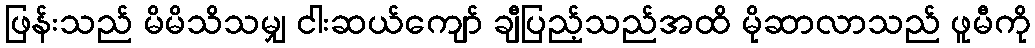
ဖြန်းသည် မိမိသိသမျှ ငါးဆယ်ကျော် ချီပြည့်သည်အထိ မိုဆာလာသည် ဖူမီကို